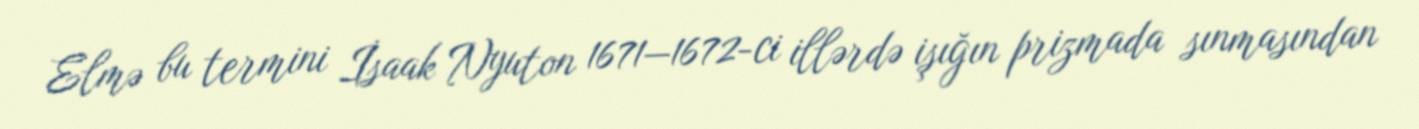
Elmə bu termini İsaak Nyuton 1671—1672-ci illərdə işığın prizmada sınmasından